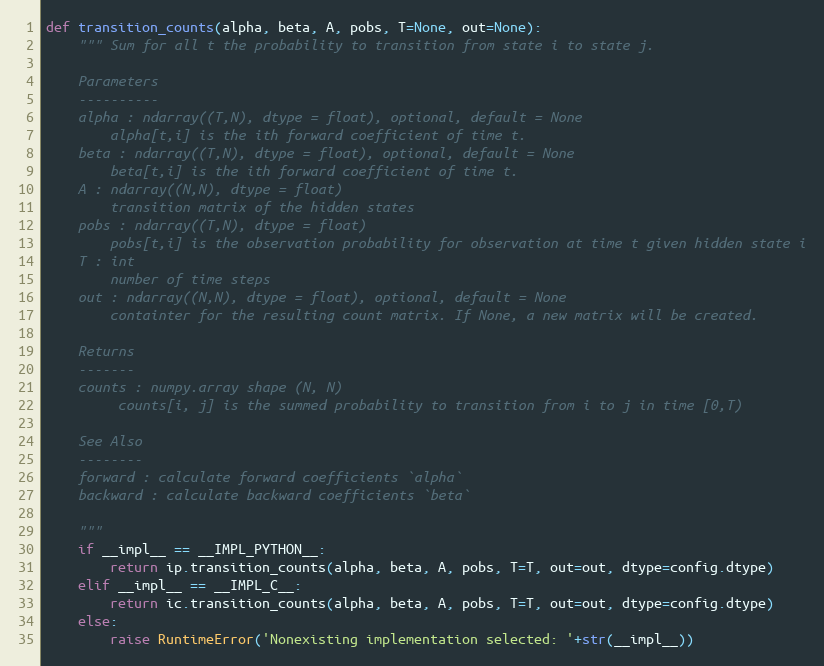
Language: Python
def transition_counts(alpha, beta, A, pobs, T=None, out=None):
    """ Sum for all t the probability to transition from state i to state j.

    Parameters
    ----------
    alpha : ndarray((T,N), dtype = float), optional, default = None
        alpha[t,i] is the ith forward coefficient of time t.
    beta : ndarray((T,N), dtype = float), optional, default = None
        beta[t,i] is the ith forward coefficient of time t.
    A : ndarray((N,N), dtype = float)
        transition matrix of the hidden states
    pobs : ndarray((T,N), dtype = float)
        pobs[t,i] is the observation probability for observation at time t given hidden state i
    T : int
        number of time steps
    out : ndarray((N,N), dtype = float), optional, default = None
        containter for the resulting count matrix. If None, a new matrix will be created.

    Returns
    -------
    counts : numpy.array shape (N, N)
         counts[i, j] is the summed probability to transition from i to j in time [0,T)

    See Also
    --------
    forward : calculate forward coefficients `alpha`
    backward : calculate backward coefficients `beta`

    """
    if __impl__ == __IMPL_PYTHON__:
        return ip.transition_counts(alpha, beta, A, pobs, T=T, out=out, dtype=config.dtype)
    elif __impl__ == __IMPL_C__:
        return ic.transition_counts(alpha, beta, A, pobs, T=T, out=out, dtype=config.dtype)
    else:
        raise RuntimeError('Nonexisting implementation selected: '+str(__impl__))